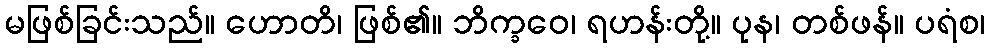
မဖြစ်ခြင်းသည်။ ဟောတိ၊ ဖြစ်၏။ ဘိက္ခဝေ၊ ရဟန်းတို့။ ပုန၊ တစ်ဖန်။ ပရံစ၊